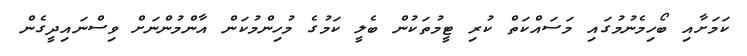
ކަމަށާއި ބޯހިމެނުމުގައި މަސައްކަތް ކުރި ޓީމުތަކުން ބެލީ ކަމުގެ މުހިންމުކަން އާންމުންނަށް ވިސްނައިދީގެން